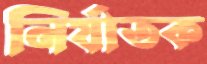
নির্যাতক